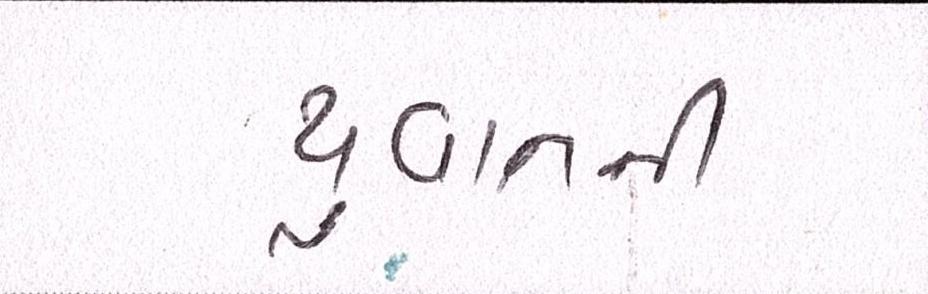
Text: યુવાનની